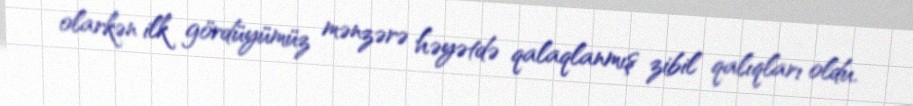
olarkən ilk gördüyümüz mənzərə həyətdə qalaqlanmış zibil qalıqları oldu.